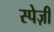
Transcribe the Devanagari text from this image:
स्पेज़ी